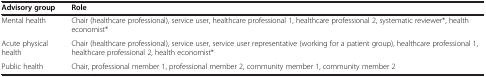
<table><thead><tr><td><b>Advisory group</b></td><td><b>Role</b></td></tr></thead><tbody><tr><td>Mental health</td><td>Chair (healthcare professional), service user, healthcare professional 1, healthcare professional 2, systematic reviewer*, health economist*</td></tr><tr><td>Acute physical health</td><td>Chair (healthcare professional), service user, service user representative (working for a patient group), healthcare professional 1, healthcare professional 2, health economist*</td></tr><tr><td>Public health</td><td>Chair, professional member 1, professional member 2, community member 1, community member 2</td></tr></tbody></table>